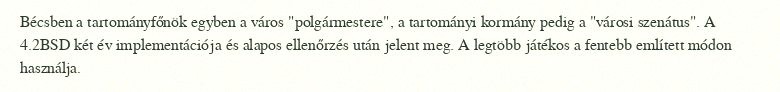
Bécsben a tartományfőnök egyben a város "polgármestere", a tartományi kormány pedig a "városi szenátus". A 4.2BSD két év implementációja és alapos ellenőrzés után jelent meg. A legtöbb játékos a fentebb említett módon használja.